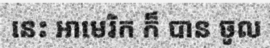
នេះ អាមេរិក ក៏ បាន ចូល